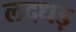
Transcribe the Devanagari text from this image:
लदधड़